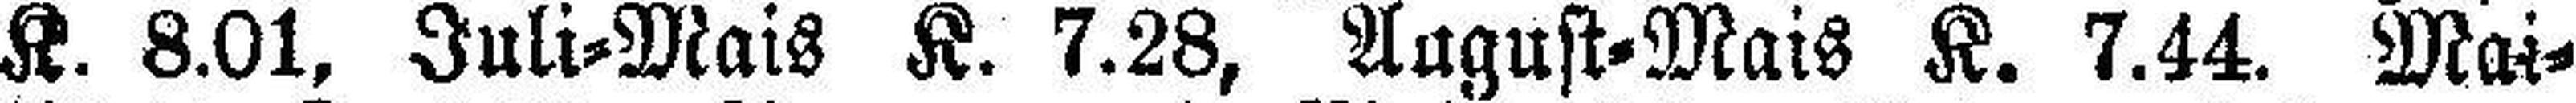
K. 8.01, Juli=Mais K. 7.28, August=Mais K. 7.44. Mai=